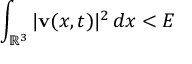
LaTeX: \int _ { \mathbb { R } ^ { 3 } } \vert \mathbf { v } ( x , t ) \vert ^ { 2 } \, d x < E